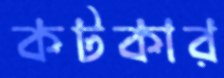
কটকার